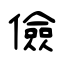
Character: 儉